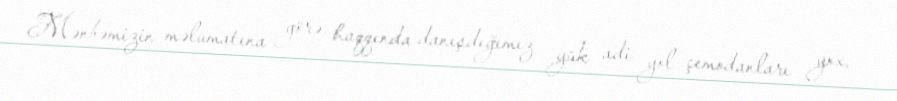
Mənbəmizin məlumatına görə, haqqında danışdığımız yük adi yol çemodanları yox,